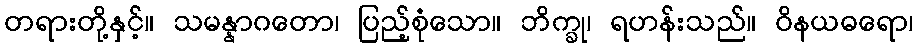
တရားတို့နှင့်။ သမန္နာဂတော၊ ပြည့်စုံသော။ ဘိက္ခု၊ ရဟန်းသည်။ ဝိနယဓရော၊